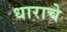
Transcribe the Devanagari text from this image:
धाराचे